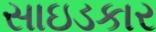
સાઇડકાર